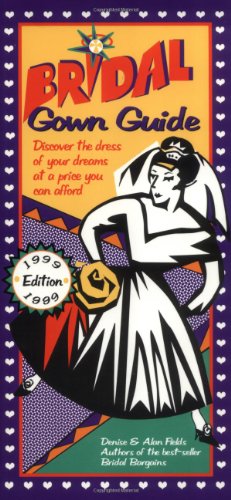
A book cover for Bridal Gown Guide 1999; Denise Fields; Crafts, Hobbies & Home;